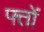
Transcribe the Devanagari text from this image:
फ्तों